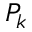
P _ { k }